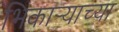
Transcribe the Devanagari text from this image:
भिकार्‍याच्या